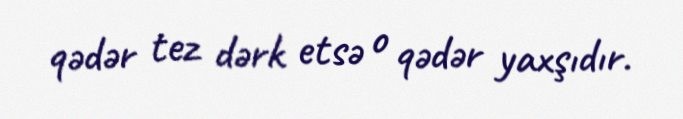
qədər tez dərk etsə o qədər yaxşıdır.